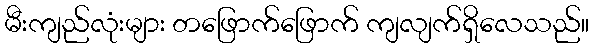
မီးကျည်လုံးများ တဖြောက်ဖြောက် ကျလျက်ရှိလေသည်။